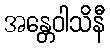
အန္တေဝါသိနီ